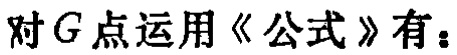
对\(G\)点运用《公式》有：